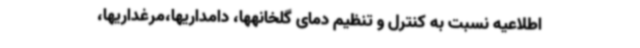
اطلاعیه نسبت به کنترل و تنظیم دمای گلخانهها، دامداریها،مرغداریها،